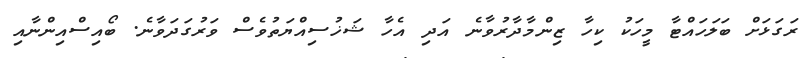
ރަގަޅަށް ބަލަހައްޓާ މީހަކު ކިހާ ޒިންމާދާރުވާނެ އަދި އެހާ ޝަޚުސިއްޔަތުވެސް ވަރުގަދަވާނެ. ބޯއިސްއިންނާއި